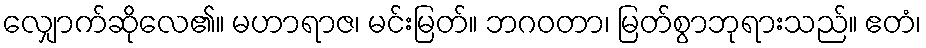
လျှောက်ဆိုလေ၏။ မဟာရာဇ၊ မင်းမြတ်။ ဘဂဝတာ၊ မြတ်စွာဘုရားသည်။ ဧတံ၊